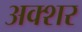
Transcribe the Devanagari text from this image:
अक्शर